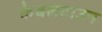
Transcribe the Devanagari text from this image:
केबलटाउन